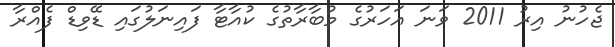
ޖެހުނު އިރު 2011 ވަނަ އަހަރުގެ މުބާރާތުގެ ކުއާޓާ ފައިނަލުގައި ޑޭވިޑް ފެއްރާ